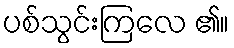
ပစ်သွင်းကြလေ ၏။